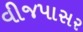
વીજપાસર